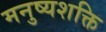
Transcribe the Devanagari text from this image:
मनुष्यशक्ति